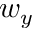
w _ { y }